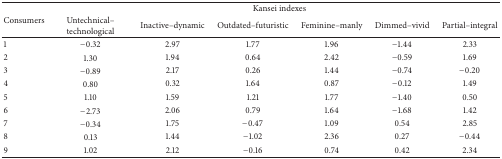
<table><thead><tr><td rowspan="2"><b> Consumers</b></td><td colspan="6"><b> Kansei indexes</b></td></tr><tr><td><b>Untechnical–technological</b></td><td><b>Inactive–dynamic</b></td><td><b>Outdated–futuristic</b></td><td><b>Feminine–manly</b></td><td><b>Dimmed–vivid</b></td><td><b>Partial–integral</b></td></tr></thead><tbody><tr><td>1</td><td>−0.32</td><td>2.97</td><td>1.77</td><td>1.96</td><td>−1.44</td><td>2.33</td></tr><tr><td>2</td><td>1.30</td><td>1.94</td><td>0.64</td><td>2.42</td><td>−0.59</td><td>1.69</td></tr><tr><td>3</td><td>−0.89</td><td>2.17</td><td>0.26</td><td>1.44</td><td>−0.74</td><td>−0.20</td></tr><tr><td>4</td><td>0.80</td><td>0.32</td><td>1.64</td><td>0.87</td><td>−0.12</td><td>1.49</td></tr><tr><td>5</td><td>1.10</td><td>1.59</td><td>1.21</td><td>1.77</td><td>−1.40</td><td>0.50</td></tr><tr><td>6</td><td>−2.73</td><td>2.06</td><td>0.79</td><td>1.64</td><td>−1.68</td><td>1.42</td></tr><tr><td>7</td><td>−0.34</td><td>1.75</td><td>−0.47</td><td>1.09</td><td>0.54</td><td>2.85</td></tr><tr><td>8</td><td>0.13</td><td>1.44</td><td>−1.02</td><td>2.36</td><td>0.27</td><td>−0.44</td></tr><tr><td>9</td><td>1.02</td><td>2.12</td><td>−0.16</td><td>0.74</td><td>0.42</td><td>2.34</td></tr></tbody></table>